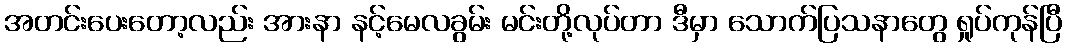
အတင်းပေးတော့လည်း အားနာ နင့်မေလခွမ်း မင်းတို့လုပ်တာ ဒီမှာ သောက်ပြသနာတွေ ရှုပ်ကုန်ပြီ